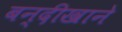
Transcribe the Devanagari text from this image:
बन्दीखाने